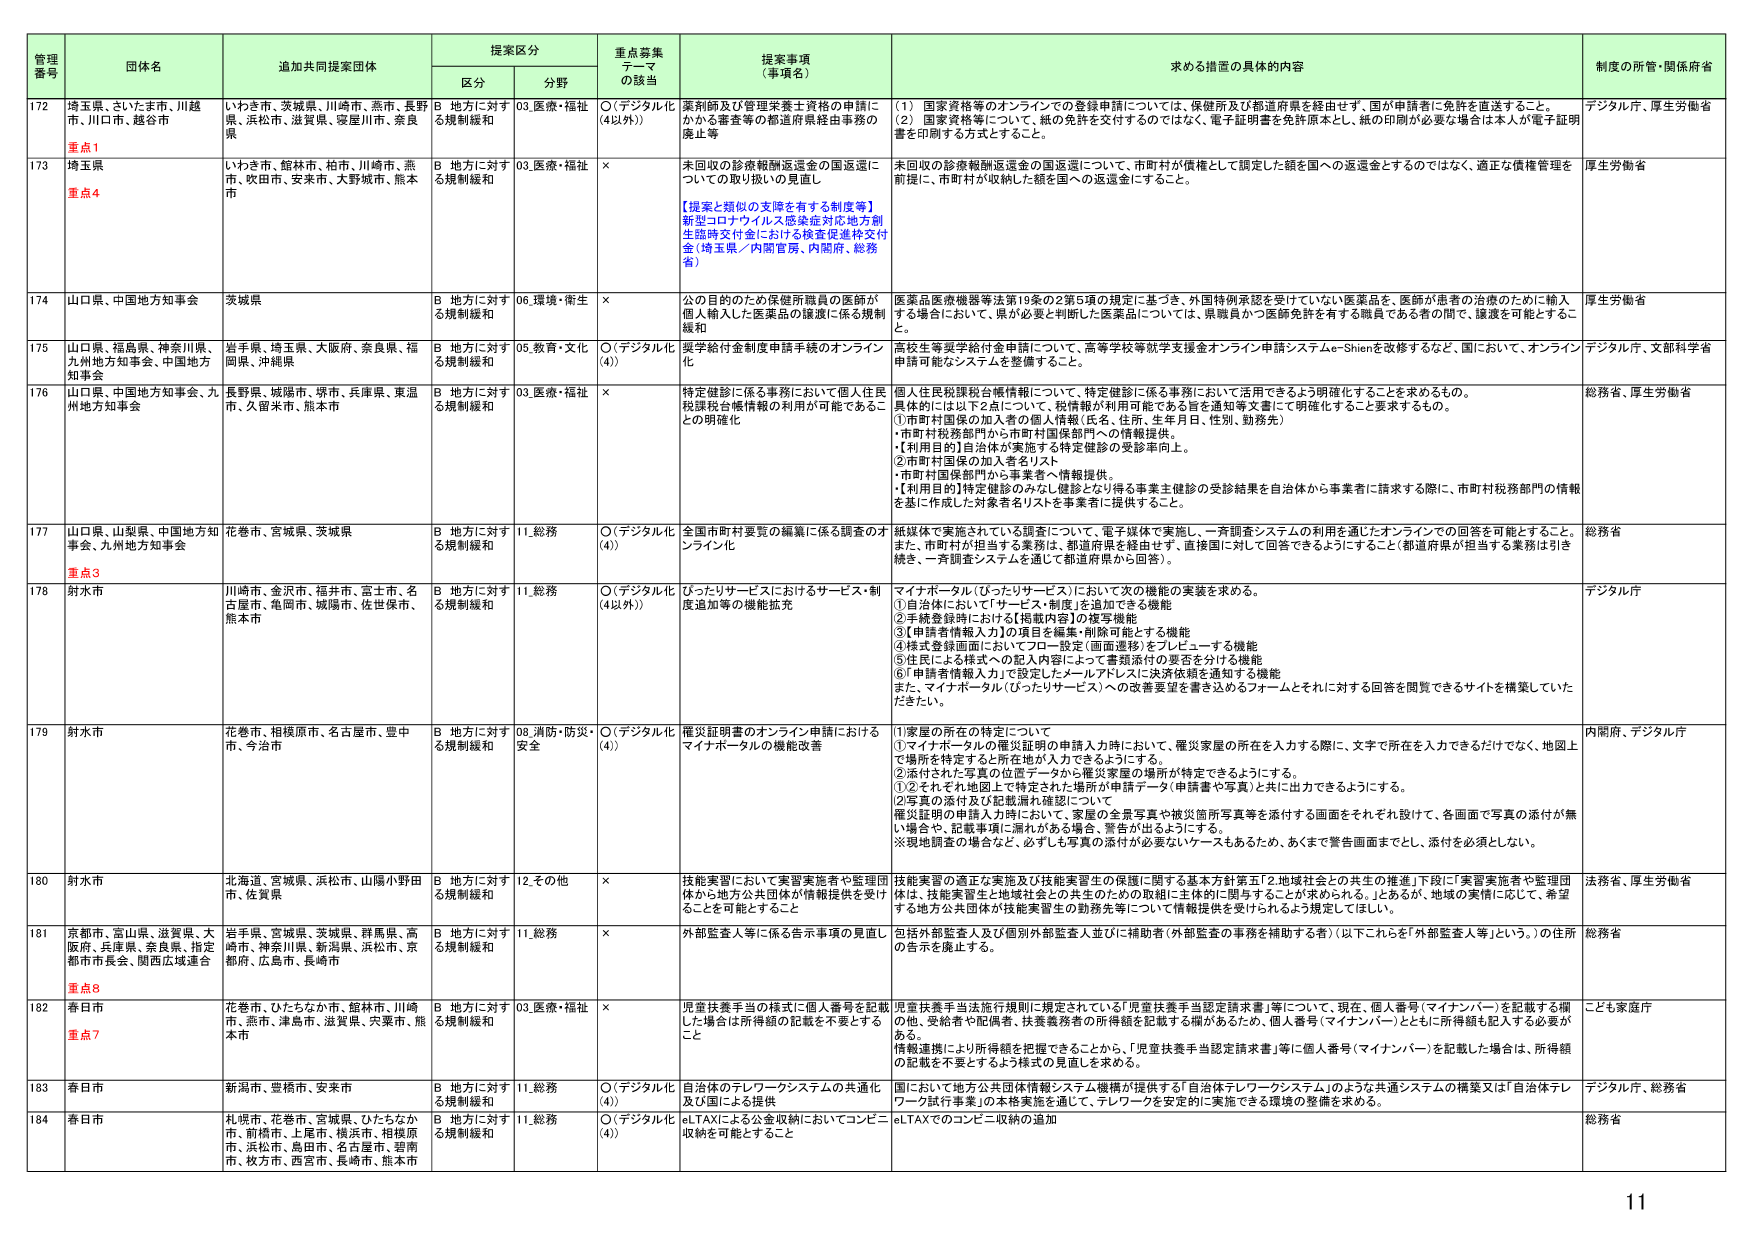
管理番号 団体名 追加共同提案団体 提案区分 重点募集テーマの該当 提案事項（事項名） 求める措置の具体的内容 制度の所管・関係府省
区分 分野
172 埼玉県、さいたま市、川越市、川口市、越谷市 いわき市、茨城県、川崎市、燕市、長野県、浜松市、滋賀県、寝屋川市、奈良県 B 地方に対する規制緩和 03.医療・福祉 ○（デジタル化（4以外）） 鑑別師及び管理栄養士資格の申請にかかる審査等の都道府県経由事務の廃止等 （1）国家資格等のオンラインでの登録申請については、保健所及び都道府県を経由せず、国が申請者に免許を直送すること。 （2）国家資格等について、紙の免許を交付するのではなく、電子証明書を免許原本とし、紙の印刷が必要な場合は本人が電子証明書を印刷する方式とすること。 デジタル庁、厚生労働省
重点1
173 埼玉県 いわき市、館林市、柏市、川崎市、燕市、吹田市、安来市、大野城市、熊本市 B 地方に対する規制緩和 03.医療・福祉 × 未回収の診療報酬返還金の国返還についての取り扱いの見直し 【提案と類似の支障を有する制度等】 新型コロナウイルス感染症対応地方創生臨時交付金における検査促進枠交付金（埼玉県／内閣官房、内閣府、総務省） 未回収の診療報酬返還金の国返還について、市町村が債権として調定した額を国への返還金とするのではなく、適正な債権管理を前提に、市町村が収納した額を国への返還金にすること。 厚生労働省
重点4
174 山口県、中国地方知事会 茨城県 B 地方に対する規制緩和 06.環境・衛生 × 公の目的のため保健所職員の医師が個人輸入した医薬品の譲渡に係る規制緩和 医薬品医療機器等法第19条の2第5項の規定に基づき、外国特例承認を受けていない医薬品を、医師が患者の治療のために輸入する場合において、県が必要と判断した医薬品については、県職員かつ医師免許を有する職員である者の間で、譲渡を可能とすること。 厚生労働省
175 山口県、福島県、神奈川県、九州地方知事会、中国地方知事会 岩手県、埼玉県、大阪府、奈良県、福岡県、沖縄県 B 地方に対する規制緩和 05.教育・文化 ○（デジタル化（4）） 奨学給付金制度申請手続のオンライン化 高校生等奨学給付金申請について、高等学校等就学支援金オンライン申請システムe-Shienを改修すること、国において、オンライン申請可能なシステムを整備すること。 デジタル庁、文部科学省
176 山口県、中国地方知事会、九州地方知事会 長野県、城陽市、堺市、兵庫県、東温市、久留米市、熊本市 B 地方に対する規制緩和 03.医療・福祉 × 特定健診に係る事務において個人住民税課税台帳情報の利用が可能であることの明確化 個人住民税課税台帳情報について、特定健診に係る事務において活用できるよう明確化することを求めるもの。 具体的には以下2点について、税情報が利用可能である旨を通知等文書にて明確化することを求めるもの。 ・市町村税務部門から市町村国保部門への情報提供。 ・【利用目的】自治体が実施する特定健診の受診率向上。 ②市町村国保部門から事業者へ情報提供。 ・【利用目的】特定健診のみなし健診となり得る事業主健診の受診結果を自治体から事業者に請求する際に、市町村税務部門の情報に基づき作成した対象者名リストを事業者に提供すること。 総務省、厚生労働省
177 山口県、山梨県、中国地方知事会、九州地方知事会 花巻市、宮城県、茨城県 B 地方に対する規制緩和 11.総務 ○（デジタル化（4）） 全国市町村要覧の編纂に係る調査のオンライン化 紙媒体で実施されている調査について、電子媒体で実施し、一斉調査システムの利用を通じたオンラインでの回答を可能とすること。 また、市町村が担当する業務は、都道府県を経由せず、直接国に対して回答できるようにすること（都道府県が担当する業務は引き続き、一斉調査システムを通じて都道府県から回答）。 総務省
重点3
178 射水市 川崎市、金沢市、福井市、富士市、名古屋市、亀岡市、城陽市、佐世保市、熊本市 B 地方に対する規制緩和 11.総務 ○（デジタル化（4以外）） ぴったりサービスにおけるサービス・制度追加等の機能拡充 マイナポータル（ぴったりサービス）において次の機能の実装を求める。 ①自治体において「サービス・制度」を追加できる機能 ②手続登録時における【掲載内容】の複写機能 ③【申請者情報入力】の項目を編集・削除可能とする機能 ④様式登録画面においてフローデザイン設定（画面遷移）をプレビューする機能 ⑤住民による様式への記入内容によって書類添付の要否を分ける機能 ⑥「申請者情報入力」で設定したメールアドレスに決済依頼を通知する機能 また、マイナポータル（ぴったりサービス）への改善要望を書き込めるフォームとそれに対する回答を閲覧できるサイトを構築していただきたい。 デジタル庁
179 射水市 花巻市、相模原市、名古屋市、豊中市、今治市 B 地方に対する規制緩和 08.消防・防災・安全 ○（デジタル化（4）） 罹災証明書のオンライン申請におけるマイナポータルの機能改善 ①家屋の所在の特定について ①「マイナポータル」の罹災証明の申請入力時において、罹災家屋の所在を入力する際に、文字で所在を入力できるだけでなく、地図上で場所を特定すると所在地が入力できるようにする。 ②添付された写真の位置データから罹災家屋の場所が特定できるようにする。 ①②それぞれ地図上で特定された場所が申請データ（申請書や写真）と共に出力できるようにする。 ②写真の添付及び記載漏れ確認について 罹災証明の申請入力時において、家屋の全景写真や被災箇所写真等を添付する画面をそれぞれ設けて、各画面で写真の添付が無い場合や、記載事項に漏れがある場合、警告が出るようにする。 ※現地調査の場合など、必ずしも写真の添付が必要ないケースもあるため、あくまで警告画面までとし、添付を必須としない。 内閣府、デジタル庁
180 射水市 北海道、宮城県、浜松市、山陽小野田市、佐賀県 B 地方に対する規制緩和 12.その他 × 技能実習において実習実施者や監理団体から地方公共団体が情報提供を受けることを可能とすること 技能実習の適正な実施及び技能実習生の保護に関する基本方針第五「2.地域社会との共生の推進」下段に「実習実施者や監理団体は、技能実習生と地域社会との共生のための取組に主体的に関与することが求められる。」とあるが、地域の実情に応じて、希望する地方公共団体が技能実習生の勤務先等について情報提供を受けられるよう規定してほしい。 法務省、厚生労働省
181 京都市、宮山県、滋賀県、大阪府、兵庫県、奈良県、指定都市市長会、関西広域連合 岩手県、宮城県、茨城県、群馬県、高崎市、神奈川県、新潟県、浜松市、京都府、広島市、長崎市 B 地方に対する規制緩和 11.総務 × 外部監査人等に係る告示事項の見直し 包括外部監査人及び個別外部監査人並びに補助者（外部監査の事務を補助する者）（以下これらを「外部監査人等」という。）の住所の告示を廃止する。 総務省
重点8
182 春日市 花巻市、ひたちなか市、館林市、川崎市、燕市、津島市、滋賀県、宍粟市、熊本市 B 地方に対する規制緩和 03.医療・福祉 × 児童扶養手当の様式に個人番号を記載した場合は所得額の記載を不要とするこ 児童扶養手当法施行規則に規定されている「児童扶養手当認定請求書」等について、現在、個人番号（マイナンバー）を記載する欄の他、受給者や配偶者、扶養義務者の所得額を記載する欄があるため、個人番号（マイナンバー）とともに所得額も記入する必要がある。 伴税連携により所得額を把握できることから、「児童扶養手当認定請求書」等に個人番号（マイナンバー）を記載した場合は、所得額の記載を不要とするよう様式の見直しを求める。 こども家庭庁
重点7
183 春日市 新潟市、豊橋市、安来市 B 地方に対する規制緩和 11.総務 ○（デジタル化（4）） 自治体のテレワークシステムの共通化及び国による提供 国において地方公共団体情報システム機構が提供する「自治体テレワークシステム」のような共通システムの構築又は「自治体テレワーク試行事業」の本格実施を通じて、テレワークを安定的に実施できる環境の整備を求める。 デジタル庁、総務省
184 春日市 札幌市、花巻市、宮城県、ひたちなか市、前橋市、上尾市、横浜市、相模原市、浜松市、島田市、名古屋市、碧南市、秋方市、西宮市、長崎市、熊本市 B 地方に対する規制緩和 11.総務 ○（デジタル化（4）） eLTAXによる公金収納においてコンビニ収納を可能とすること eLTAXでのコンビニ収納の追加 総務省
11